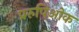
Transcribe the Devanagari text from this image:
प्ररुपिओक